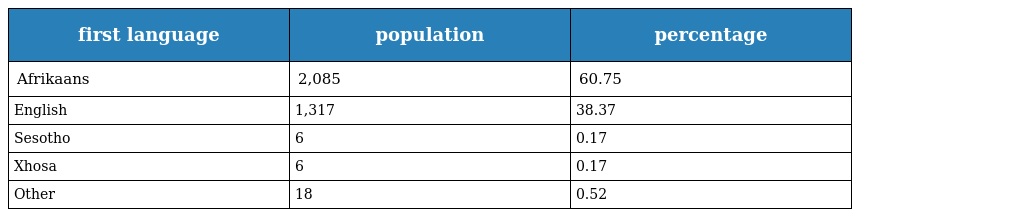
| first language | population | percentage |
 | --- | --- | --- |
 | Afrikaans | 2,085 | 60.75 |
 | English | 1,317 | 38.37 |
 | Sesotho | 6 | 0.17 |
 | Xhosa | 6 | 0.17 |
 | Other | 18 | 0.52 |